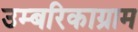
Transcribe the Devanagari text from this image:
उम्बरिकाग्राम